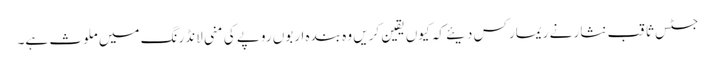
جسٹس ثاقب نثار نے ریمارکس دیئے کہ کیوں یقین کریں وہ بندہ اربوں روپے کی منی لانڈرنگ میں ملوث ہے۔